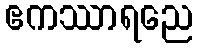
ဧကဿာရညေ